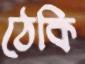
ঠেকি